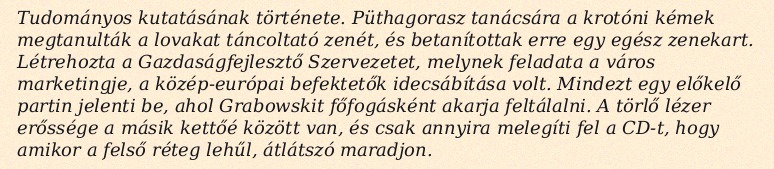
Tudományos kutatásának története. Püthagorasz tanácsára a krotóni kémek megtanulták a lovakat táncoltató zenét, és betanítottak erre egy egész zenekart. Létrehozta a Gazdaságfejlesztő Szervezetet, melynek feladata a város marketingje, a közép-európai befektetők idecsábítása volt. Mindezt egy előkelő partin jelenti be, ahol Grabowskit főfogásként akarja feltálalni. A törlő lézer erőssége a másik kettőé között van, és csak annyira melegíti fel a CD-t, hogy amikor a felső réteg lehűl, átlátszó maradjon.